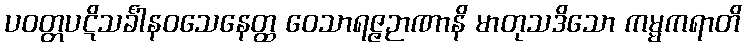
ပဝတ္တပဋိသင်္ခါနဝသေနေတ္ထ ဝေသာရဇ္ဇဉာဏာနိ မာတုသဒိသော ကမ္မကရာတိ